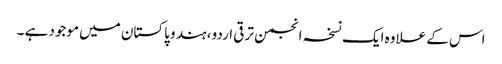
اس کے علاوہ ایک نسخہ انجمن ترقی اردو ، ہند و پاکستان میں موجود ہے ۔